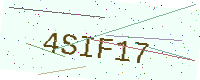
Text: 4SIF17